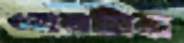
ওয়ালটার